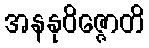
အနနုဝိဇ္ဇောတိ